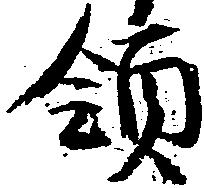
領